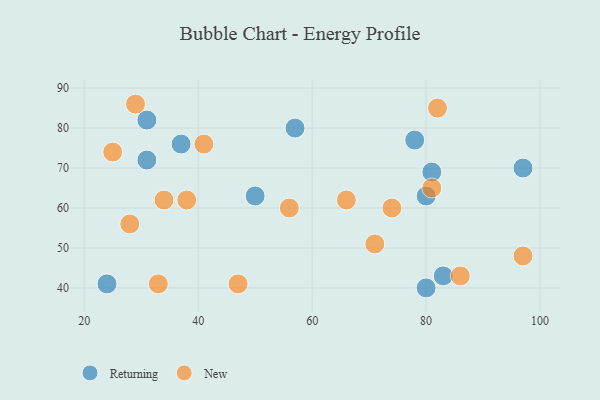
{"axis": {"x": "GDP", "y": "Life Expectancy"}, "legend": ["New", "Returning"], "data": [{"x": "97", "y": 70, "type": "Returning"}, {"x": "83", "y": 43, "type": "Returning"}, {"x": "24", "y": 41, "type": "Returning"}, {"x": "80", "y": 40, "type": "Returning"}, {"x": "80", "y": 63, "type": "Returning"}, {"x": "50", "y": 63, "type": "Returning"}, {"x": "57", "y": 80, "type": "Returning"}, {"x": "81", "y": 69, "type": "Returning"}, {"x": "78", "y": 77, "type": "Returning"}, {"x": "31", "y": 72, "type": "Returning"}, {"x": "37", "y": 76, "type": "Returning"}, {"x": "31", "y": 82, "type": "Returning"}, {"x": "25", "y": 74, "type": "New"}, {"x": "74", "y": 60, "type": "New"}, {"x": "41", "y": 76, "type": "New"}, {"x": "56", "y": 60, "type": "New"}, {"x": "81", "y": 65, "type": "New"}, {"x": "86", "y": 43, "type": "New"}, {"x": "34", "y": 62, "type": "New"}, {"x": "97", "y": 48, "type": "New"}, {"x": "66", "y": 62, "type": "New"}, {"x": "82", "y": 85, "type": "New"}, {"x": "29", "y": 86, "type": "New"}, {"x": "47", "y": 41, "type": "New"}, {"x": "38", "y": 62, "type": "New"}, {"x": "28", "y": 56, "type": "New"}, {"x": "71", "y": 51, "type": "New"}, {"x": "33", "y": 41, "type": "New"}]}